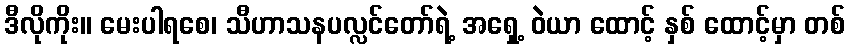
ဒီလိုကိုး။ မေးပါရစေ၊ သီဟာသနပလ္လင်တော်ရဲ့ အရှေ့ ဝဲယာ ထောင့် နှစ် ထောင့်မှာ တစ်